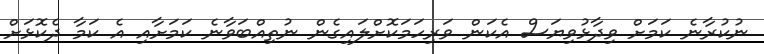
ނުކުރާނެ ކަމަށް ވިދާޅުވިޔަސް އެކަން ވަރިހަމަކޮށްލައިގެން ނުތިއްބަވާނެ ކަމަށާއި އެ ކަމާ ދެކޮޅަށް